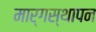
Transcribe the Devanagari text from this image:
मार्गस्थापन